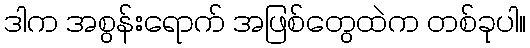
ဒါက အစွန်းရောက် အဖြစ်တွေထဲက တစ်ခုပါ။